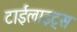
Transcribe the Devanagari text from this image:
टाईलाइट्स